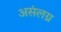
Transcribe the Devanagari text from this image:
असंलग्न